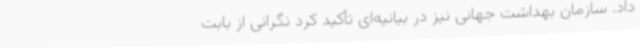
داد. سازمان بهداشت جهانی نیز در بیانیه‌ای تأکید کرد نگرانی از بابت